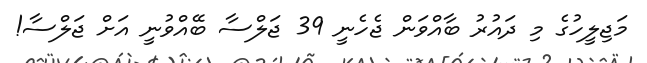
މަޖިލީހުގެ މި ދައުރު ބާއްވަން ޖެހެނީ 39 ޖަލްސާ ބޭއްވުނީ އަށް ޖަލްސާ!